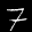
Label: 7